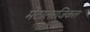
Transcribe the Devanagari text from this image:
मेटालरजिकल